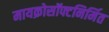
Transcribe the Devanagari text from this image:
मायक्रोसॉफ्टनिर्मित